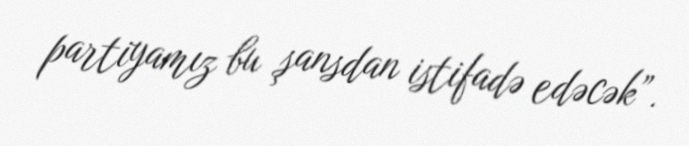
partiyamız bu şansdan istifadə edəcək”.